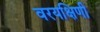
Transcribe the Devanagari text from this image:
वरयक्षिणी